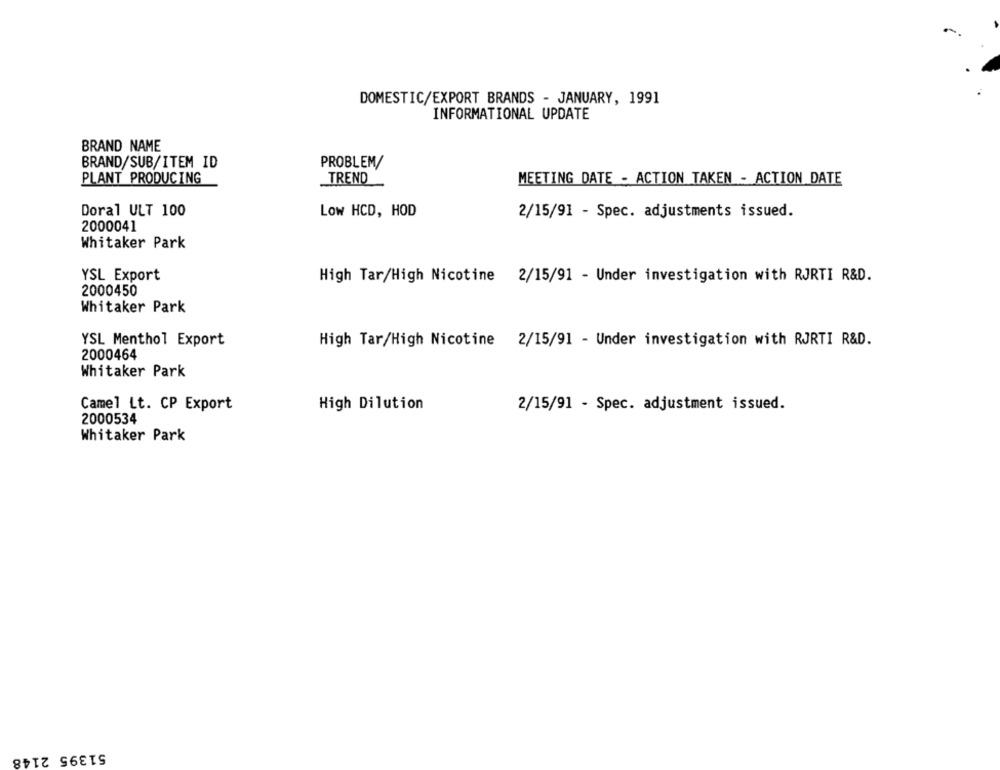
DOMESTIC/EXPORT BRANDS - JANUARY, 1991
INFORMATIONAL UPDATE
BRAND NAME
BRAND/SUB/ITEM ID
PROBLEM/
PLANT PRODUCING
TREND
MEETING DATE - ACTION TAKEN - ACTION DATE
Doral ULT 100
Low HCD, HOD
2/15/91 - Spec. adjustments issued.
2000041
Whitaker Park
YSL Export
High Tar/High Nicotine 2/15/91 - Under investigation with RJRTI R&D.
2000450
Whitaker Park
YSL Menthol Export
High Tar/High Nicotine 2/15/91 - Under investigation with RJRTI R&D.
2000464
Whitaker Park
Camel Lt. CP Export
High Dilution
2/15/91 - Spec. adjustment issued.
2000534
Whitaker Park
51395 2148